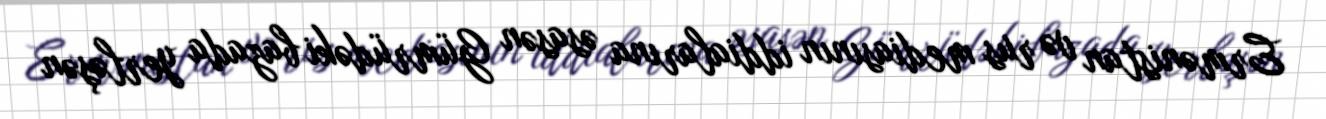
Ermənistan və rus mediasının iddialarına əsasən Gümrüdəki bazada yerləşən